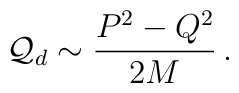
{\cal Q}_{d}\sim \frac{P^{2}-Q^{2}}{2M}\, .